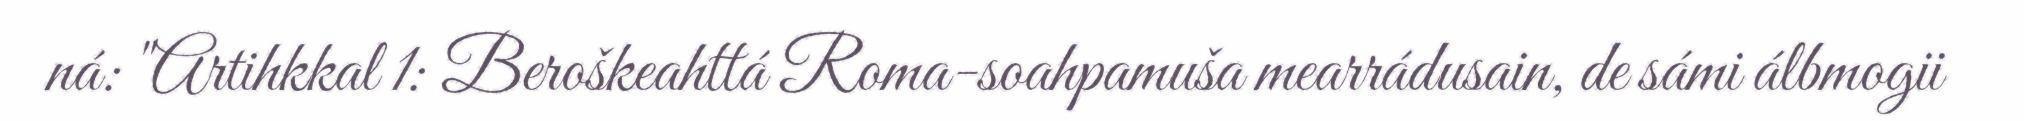
ná: "Artihkkal 1: Beroškeahttá Roma-soahpamuša mearrádusain, de sámi álbmogii